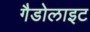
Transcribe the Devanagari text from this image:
गैडोलाइट